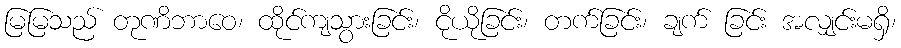
မြမြသည် တုဏိဘာဝေ၊ ထိုင်ကျသွားခြင်း၊ ငိုယိုခြင်း၊ တက်ခြင်း၊ ချက် ခြင်း အလျှင်းမရှိ၊